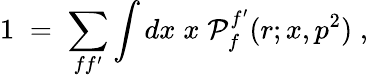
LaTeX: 1\; =\; \sum_{ff^{\prime}}\int dx\; x\; {\cal P}_{f}^{f^{\prime}}(r;x,p^{2})\; ,